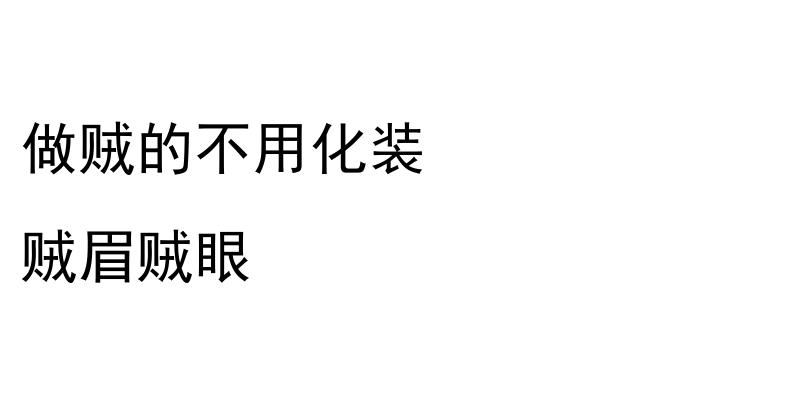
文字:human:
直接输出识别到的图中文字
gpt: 做贼的不用化装 贼眉贼眼